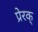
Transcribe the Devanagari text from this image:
प्रेरक्